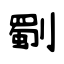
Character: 劅